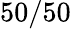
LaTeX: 50/50